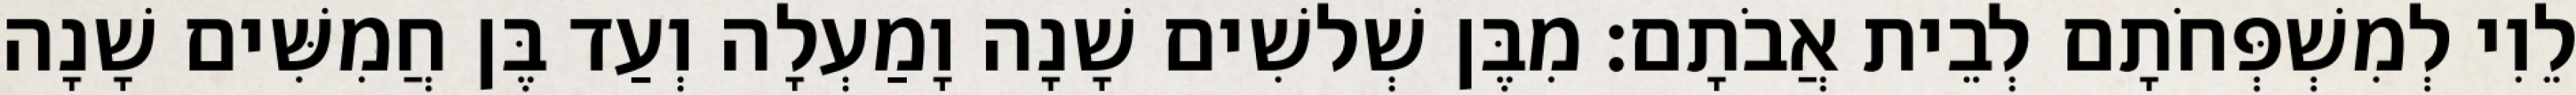
לֵוִי לְמִשְׁפְּחֹתָם לְבֵית אֲבֹתָם׃ מִבֶּן שְׁלשִׁים שָׁנָה וָמַעְלָה וְעַד בֶּן חֲמִשִּׁים שָׁנָה